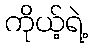
ကိုယ့်ရဲ့